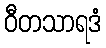
ဝီတသာရဒံ